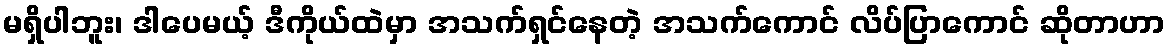
မရှိပါဘူး၊ ဒါပေမယ့် ဒီကိုယ်ထဲမှာ အသက်ရှင်နေတဲ့ အသက်ကောင် လိပ်ပြာကောင် ဆိုတာဟာ